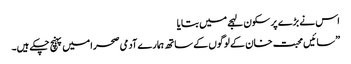
اس نے بڑے پر سکون لہجے میں بتایا
”سائیں محبت خان کے لوگوں کے ساتھ ہمارے آدمی صحرا میں پہنچ چکے ہیں۔